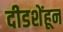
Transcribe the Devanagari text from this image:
दीडशेंहून